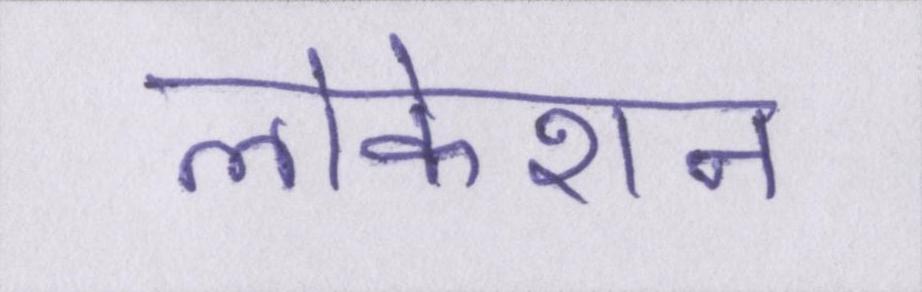
लोकेशन